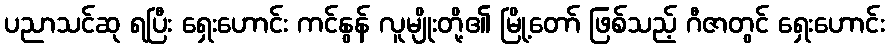
ပညာသင်ဆု ရပြီး ရှေးဟောင်း ကင်နွန် လူမျိုးတို့၏ မြို့တော် ဖြစ်သည့် ဂီဇာတွင် ရှေးဟောင်း